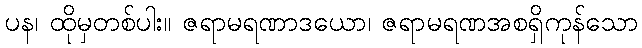
ပန၊ ထိုမှတစ်ပါး။ ဇရာမရဏာဒယော၊ ဇရာမရဏအစရှိကုန်သော